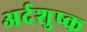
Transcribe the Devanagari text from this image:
अर्दशुष्क